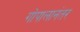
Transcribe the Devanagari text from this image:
गोपालानंतर